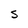
Character: S